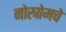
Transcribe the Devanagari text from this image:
नोस्त्रोमचे